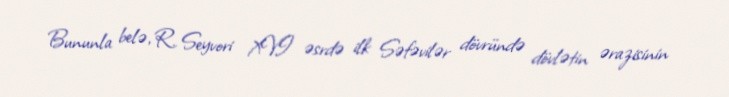
Bununla belə, R. Seyvori XVI əsrdə ilk Səfəvilər dövründə dövlətin ərazisinin